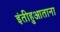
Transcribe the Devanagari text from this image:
इंतीहुआताना